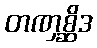
တဏှစ္ဆိဒ